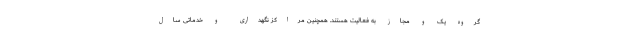
گروه یک و مجاز به فعالیت هستند. همچنین مراکز نگهداری و خدماتی سال